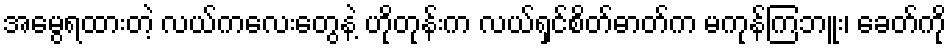
အမွေရထားတဲ့ လယ်ကလေးတွေနဲ့ ဟိုတုန်းက လယ်ရှင်စိတ်ဓာတ်က မကုန်ကြဘူး၊ ခေတ်ကို